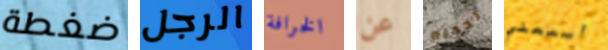
ضغطة الرجل الخرافة عن تحمله أسمعني